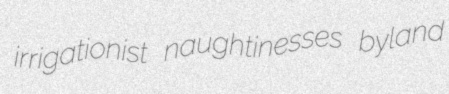
irrigationist naughtinesses byland